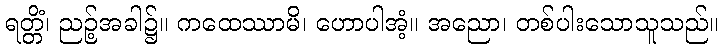
ရတ္တိံ၊ ညဉ့်အခါ၌။ ကထေဿာမိ၊ ဟောပါအံ့။ အညော၊ တစ်ပါးသောသူသည်။